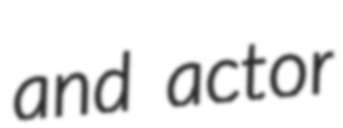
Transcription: and actor